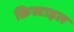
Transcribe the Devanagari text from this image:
क्रिस्टाइल